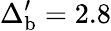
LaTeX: \Delta_{\mathrm{b}}^{\prime}=2.8